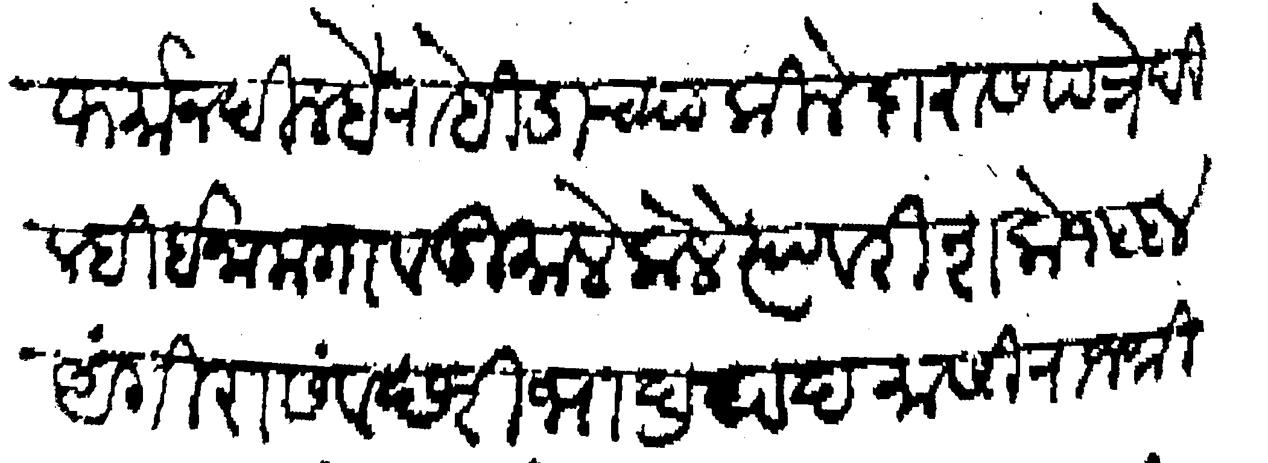
Transliteration (Devanagari): फर्मान दिल्हे रोहिड्याच्या किलेदारास पत्रे दिल्ही ईनामगाव दुमाले केले त्यावरी शके १५५४ अंगिरा संवछरी भाद्रपद मासी राजश्री